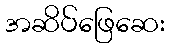
အဆိပ်ဖြေဆေး